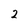
Character: 2